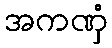
အကဏှံ